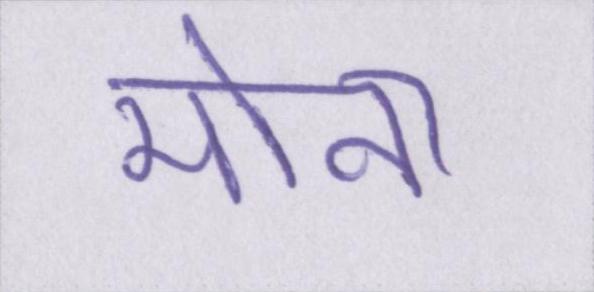
मोना